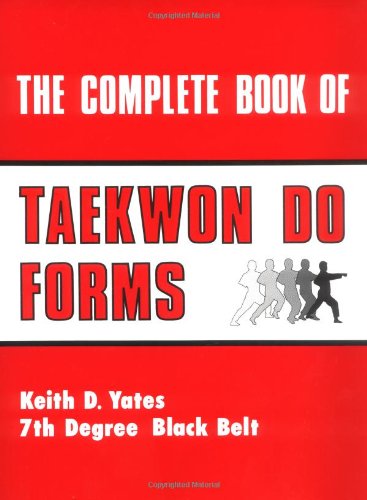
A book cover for The Complete Book Of Taekwon Do Forms; Keith Yates; Sports & Outdoors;